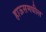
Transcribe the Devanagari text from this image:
हाऊसमधील